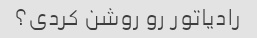
رادیاتور رو روشن کردی؟